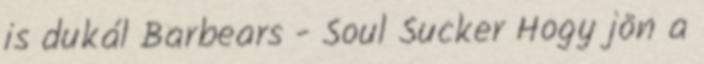
is dukál Barbears - Soul Sucker Hogy jön a